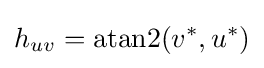
h_{uv}=\operatorname {atan2} (v^{*},u^{*})